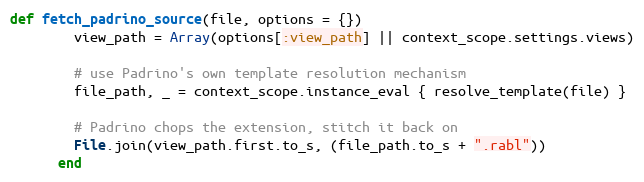
Language: Ruby
def fetch_padrino_source(file, options = {})
        view_path = Array(options[:view_path] || context_scope.settings.views)

        # use Padrino's own template resolution mechanism
        file_path, _ = context_scope.instance_eval { resolve_template(file) }

        # Padrino chops the extension, stitch it back on
        File.join(view_path.first.to_s, (file_path.to_s + ".rabl"))
      end